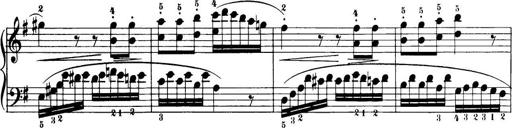
Title: 32 Sonatinas and Rondos for the Piano
Composer: Richard Kleinmichel